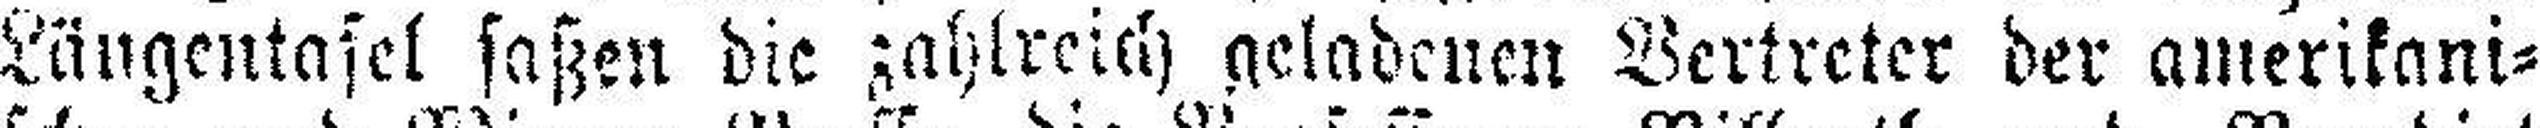
Längentafel saßen die zahlreich geladenen Vertreter der amerikani¬